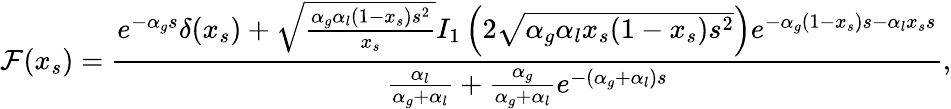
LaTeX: {\cal F}(x_{s})=\frac{e^{-\alpha_{g}s}\delta(x_{s})+\sqrt{\frac{\alpha_{g}\alpha_{l}(1-x_{s})s^{2}}{x_{s}}}I_{1}\left(2\sqrt{\alpha_{g}\alpha_{l}x_{s}(1-x_{s})s^{2}}\right)e^{-\alpha_{g}(1-x_{s})s-\alpha_{l}x_{s}s}}{\frac{\alpha_{l}}{\alpha_{g}+\alpha_{l}}+\frac{\alpha_{g}}{\alpha_{g}+\alpha_{l}}e^{-(\alpha_{g}+\alpha_{l})s}},